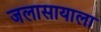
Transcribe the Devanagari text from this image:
जलासायाला